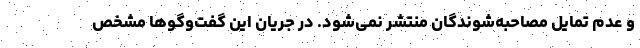
و عدم تمایل مصاحبه‌شوندگان منتشر نمی‌شود. در جریان این گفت‌وگوها مشخص